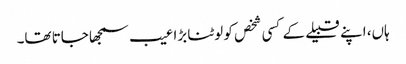
ہاں، اپنے قبیلے کے کسی شخص کو لوٹنا بڑا عیب سمجھا جاتا تھا۔